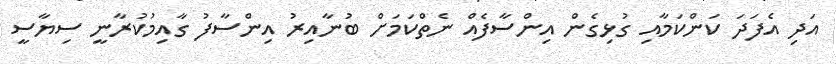
އަދި އެފަދަ ކަންކަމާއި ގުޅިގެން އިންސާފެއް ނެތްކަމަށް ބުނާއިރު އިންސާފު ގާއިމުކުރާނީ ސިޔާސީ